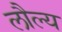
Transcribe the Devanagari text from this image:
लौल्य